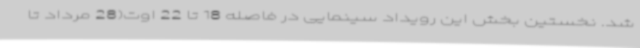
شد. نخستین بخش این رویداد سینمایی در فاصله 18 تا 22 اوت(28 مرداد تا